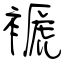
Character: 褫